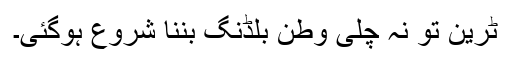
ٹرین تو نہ چلی وطن بلڈنگ بننا شروع ہوگئی۔